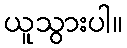
ယူသွားပါ။